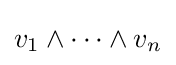
v_{1}\wedge \cdots \wedge v_{n}